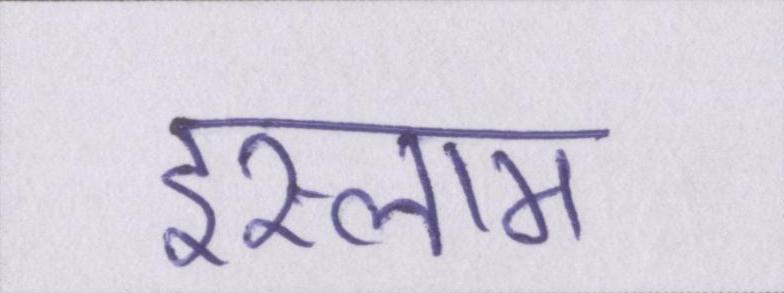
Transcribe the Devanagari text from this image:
इस्लाम